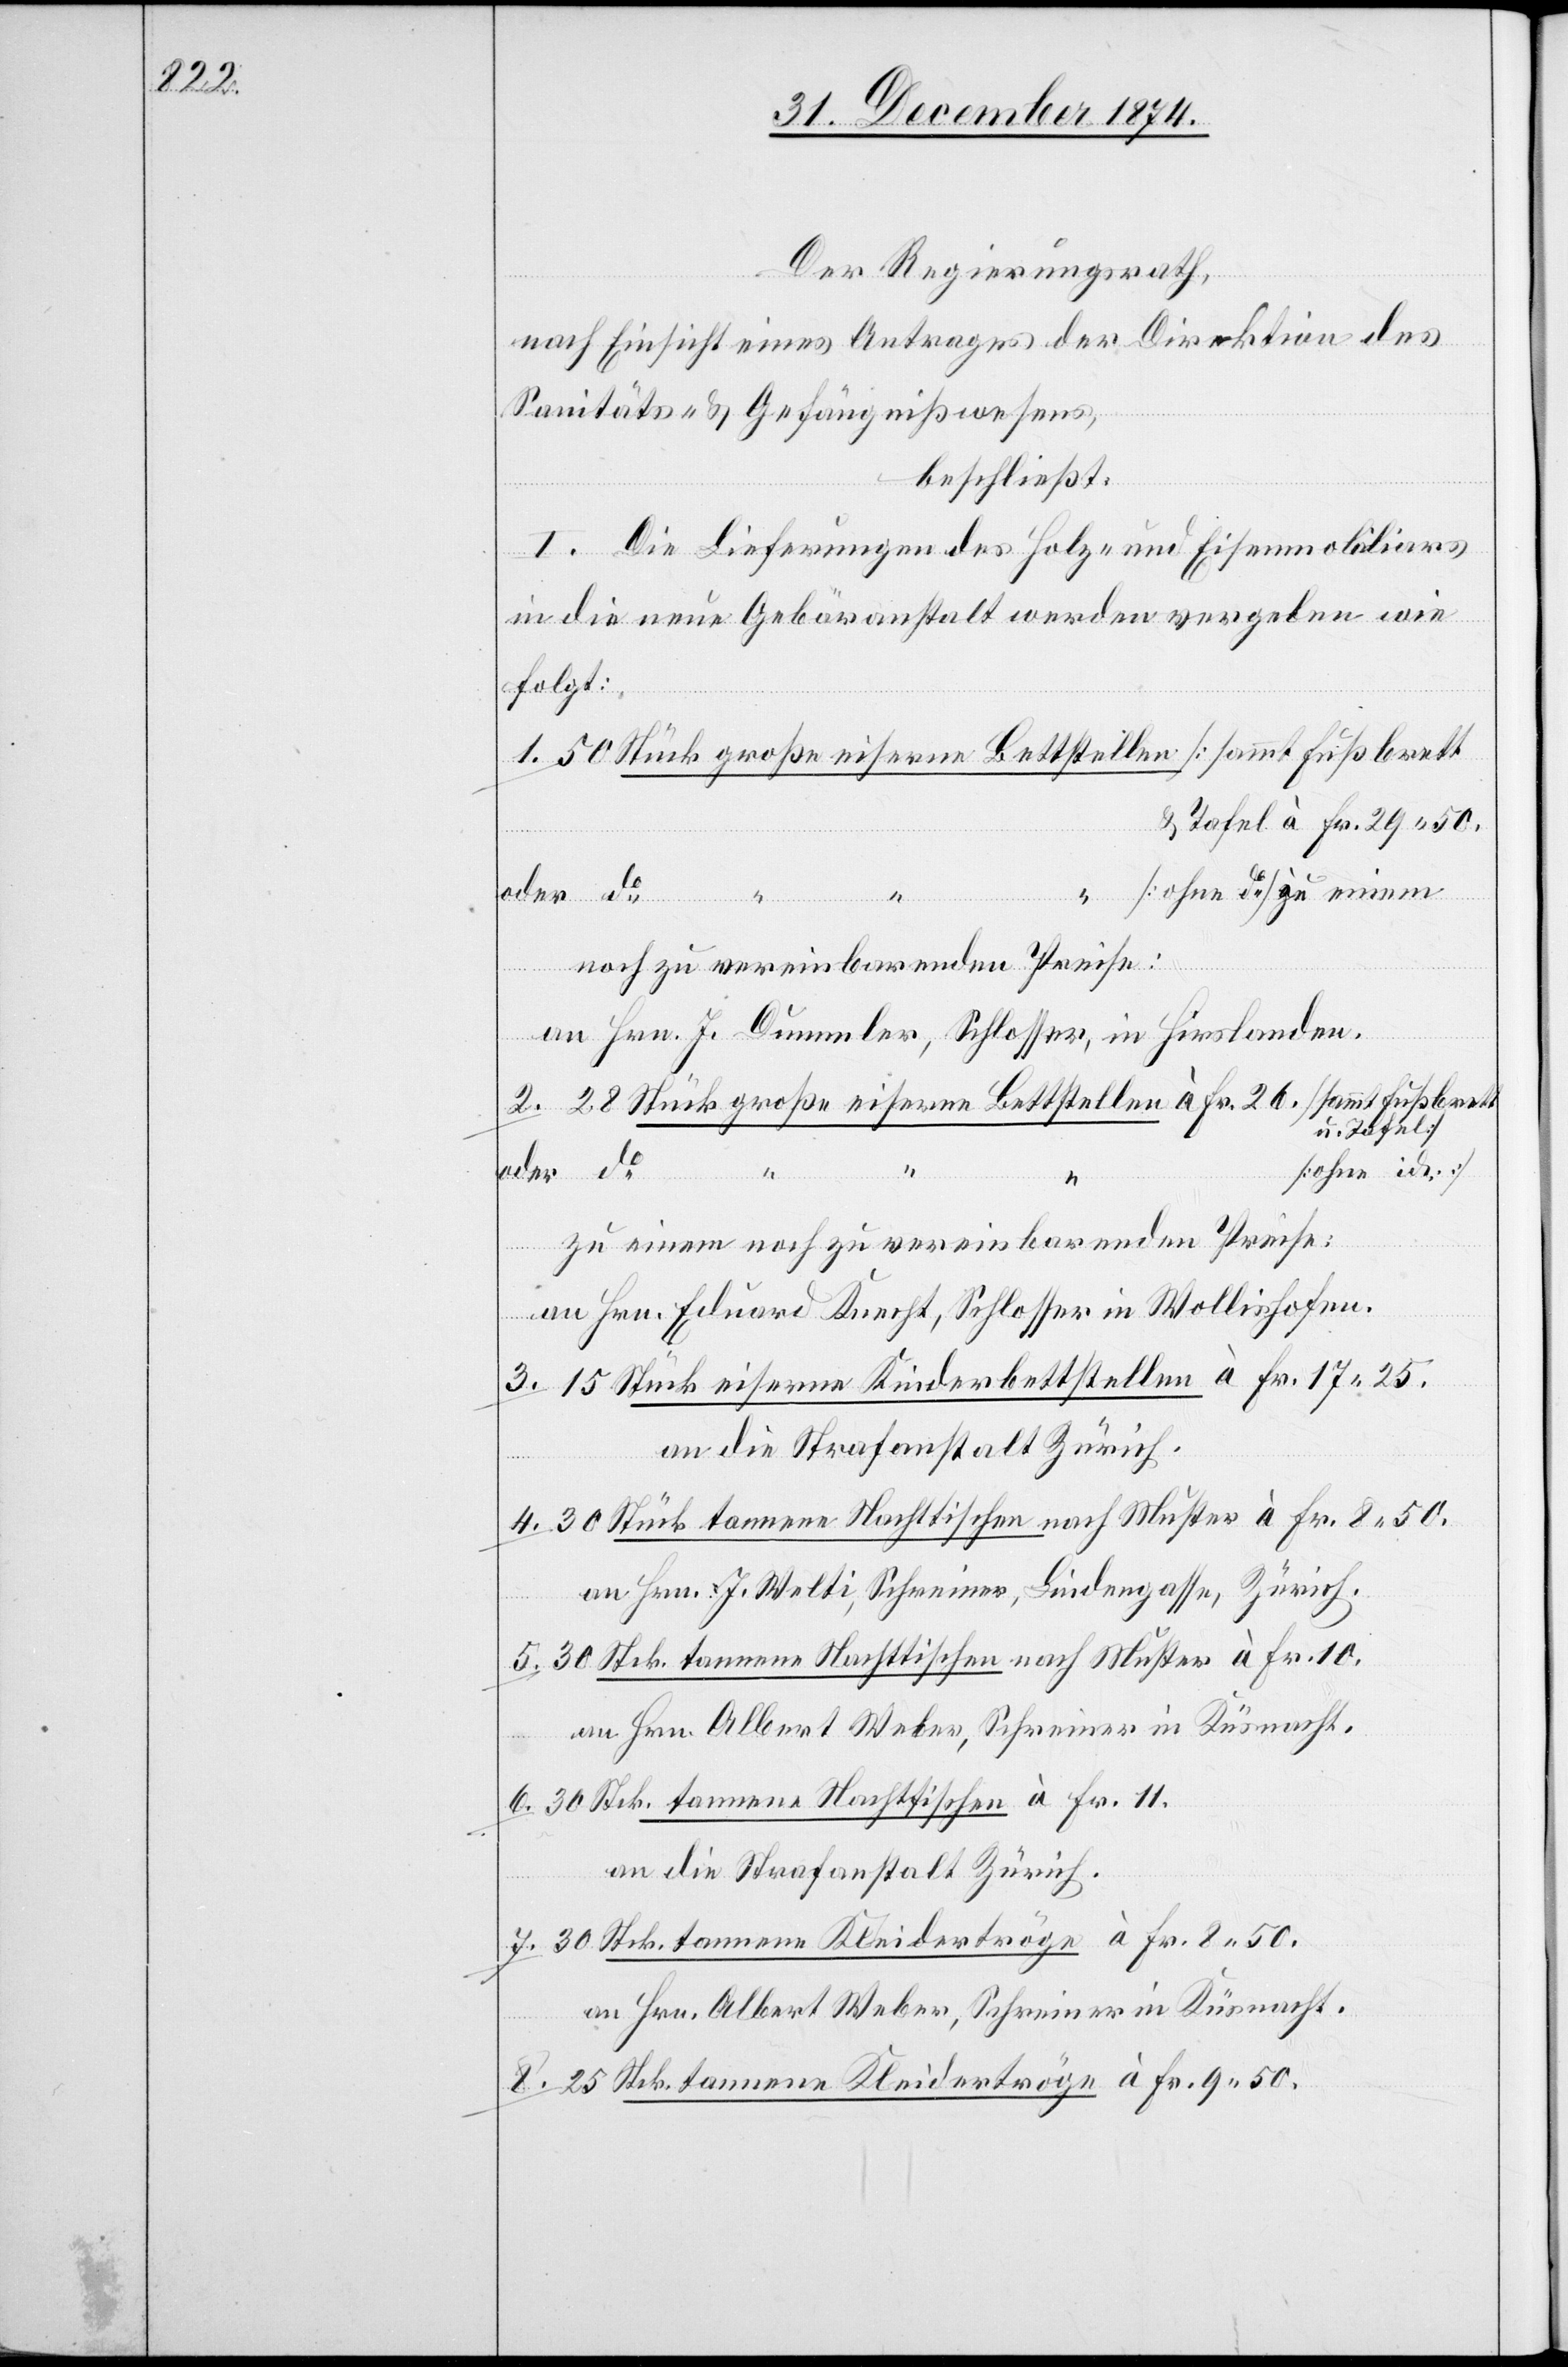
Der Regierungsrath,
nach Einsicht eines Antrages der Direktion des
Sanitäts- & Gefängnißwesens,
beschließt:
I. Die Lieferungen des Holz- und Eisenmobiliars
in die neue Gebäranstalt werden vergeben wie
folgt:
1. 50 Stück große eiserne Bettstellen [sammt Fußbrett
& Tafel à Fr. 29.50[]]
“ [ohne do] zu einem
oder do “
noch zu vereinbarenden Preise:
an Hrn. J. Dummler, Schlosser, in Hirslanden.
2. 28 Stück große eiserne Bettstellen à Fr. 26. [sammt Fußbrett
u. Tafel]
[ohne id.]
zu einem noch zu vereinbarenden Preise:
an Hrn. Eduard Knecht, Schlosser in Wollishofen.
3. 15 Stück eiserne Kinderbettstellen à Fr. 17.25.
an die Strafanstalt Zürich.
4. 30 Stück tannene Nachttischen nach Muster à Fr. 8.50
an Hrn. J. Welti, Schreiner, Lindengasse, Zürich.
5. 30 Stck. tannene Nachttischen nach Muster à Fr. 10
6. 30 Stck. tannene Nachttischen à Fr. 11.
an die Strafanstalt Zürich.
7. 30 Stck. tannene Kleidertröge à Fr. 8.50
an Hrn. Albert Weber, Schreiner in Küsnacht.
8. 25 Stck. tannene Kleidertröge à Fr. 9.50.